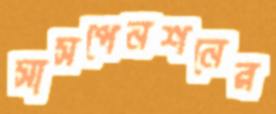
সাসপেনশনের